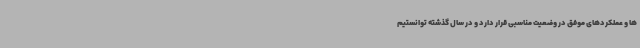
ها و عملکردهای موفق در وضعیت مناسبی قرار دارد و در سال گذشته توانستیم